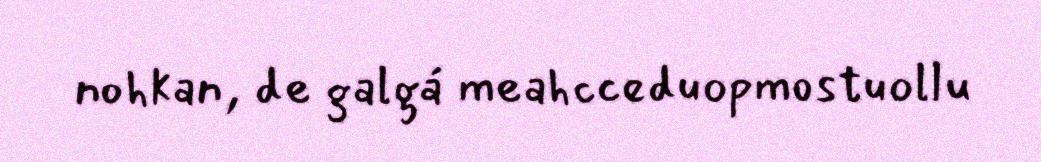
nohkan, de galgá meahcceduopmostuollu